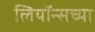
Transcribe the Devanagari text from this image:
लियॉन्सच्या